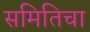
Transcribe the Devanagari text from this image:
समितिचा